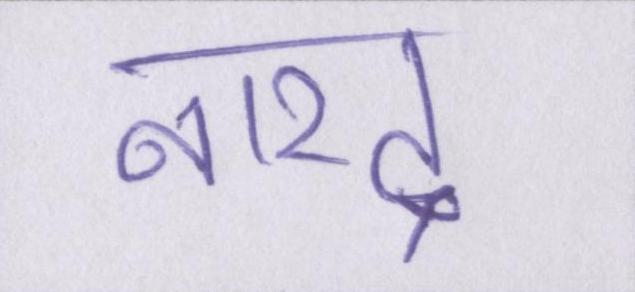
नारद